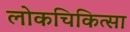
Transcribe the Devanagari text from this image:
लोकचिकित्सा